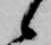
候